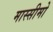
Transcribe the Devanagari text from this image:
मास्सीमो